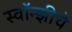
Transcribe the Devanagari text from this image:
स्वॉन्झीचे